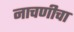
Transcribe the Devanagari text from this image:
नाचणीचा